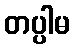
တပ္ပါမ